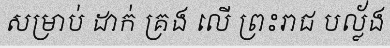
សម្រាប់ ដាក់ គ្រង លើ ព្រះរាជ បល្ល័ង